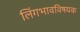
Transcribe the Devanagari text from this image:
लिंगभावविषयक